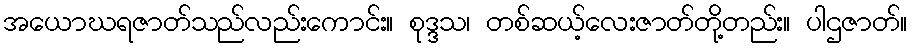
အယောဃရဇာတ်သည်လည်းကောင်း။ စုဒ္ဒသ၊ တစ်ဆယ့်လေးဇာတ်တို့တည်း။ ပါဌဇာတ်။